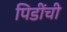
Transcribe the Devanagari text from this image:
पिडींची